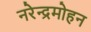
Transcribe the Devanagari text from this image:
नरेन्द्रमोहन